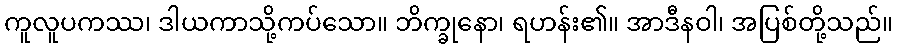
ကူလူပကဿ၊ ဒါယကာသို့ကပ်သော။ ဘိက္ခုနော၊ ရဟန်း၏။ အာဒီနဝါ၊ အပြစ်တို့သည်။